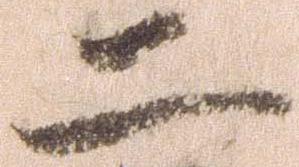
二